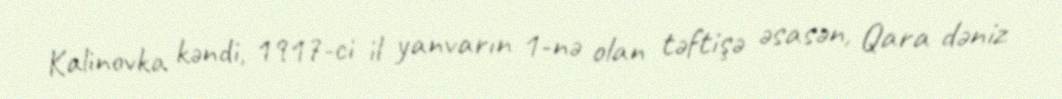
Kalinovka kəndi, 1917-ci il yanvarın 1-nə olan təftişə əsasən, Qara dəniz